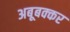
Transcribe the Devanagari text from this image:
अबूबक्कर